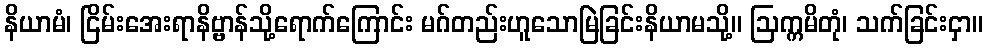
နိယာမံ၊ ငြိမ်းအေးရာနိဗ္ဗာန်သို့ရောက်ကြောင်း မဂ်တည်းဟူသောမြဲခြင်းနိယာမသို့။ ဩက္ကမိတုံ၊ သက်ခြင်းငှာ။